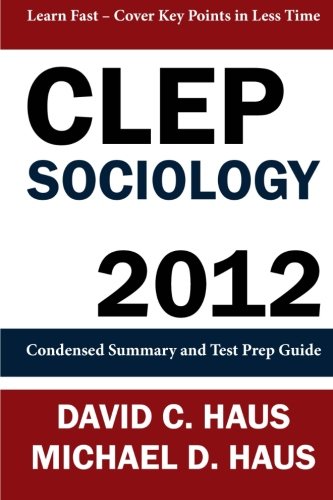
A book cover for CLEP Sociology - 2012: Condensed Summary and Test Prep Guide; David C. Haus; Health, Fitness & Dieting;